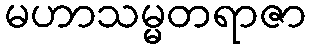
မဟာသမ္မတရာဇာ